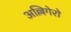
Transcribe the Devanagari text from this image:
अल्लिगेरो